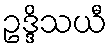
ဥဒ္ဒိသယီ